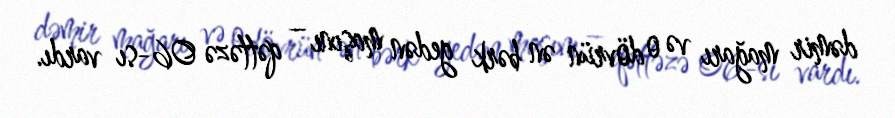
dəmir mağarı və o dövrün ən bərk gedən maşını – qəttəzə 06-sı vardı.